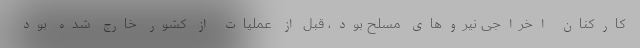
کارکنان اخراجی نیروهای مسلح بود، قبل از عملیات از کشور خارج شده بود